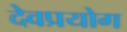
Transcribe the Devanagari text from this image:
देवप्रयोग